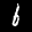
Label: 6